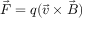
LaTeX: { \vec { F } } = q ( { \vec { v } } \times { \vec { B } } )